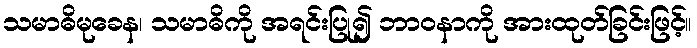
သမာဓိမုခေန၊ သမာဓိကို အရင်းပြု၍ ဘာဝနာကို အားထုတ်ခြင်းဖြင့်။